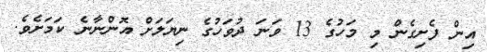
އިން ފެށިގެން މި މަހުގެ 13 ވަނަ ދުވަހުގެ ނިޔަލަށް އޮންނާނެ ކަމަށެވެ.